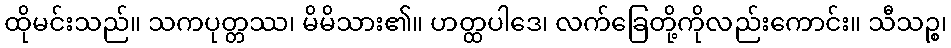
ထိုမင်းသည်။ သကပုတ္တဿ၊ မိမိသား၏။ ဟတ္ထပါဒေ၊ လက်ခြေတို့ကိုလည်းကောင်း။ သီသဉ္စ၊